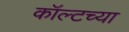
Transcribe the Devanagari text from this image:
कॉल्टच्या